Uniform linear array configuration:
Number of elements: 16
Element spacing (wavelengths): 1
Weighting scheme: blackman
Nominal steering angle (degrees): -15
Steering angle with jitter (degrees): -13.215
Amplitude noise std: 0.05
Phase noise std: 0.05

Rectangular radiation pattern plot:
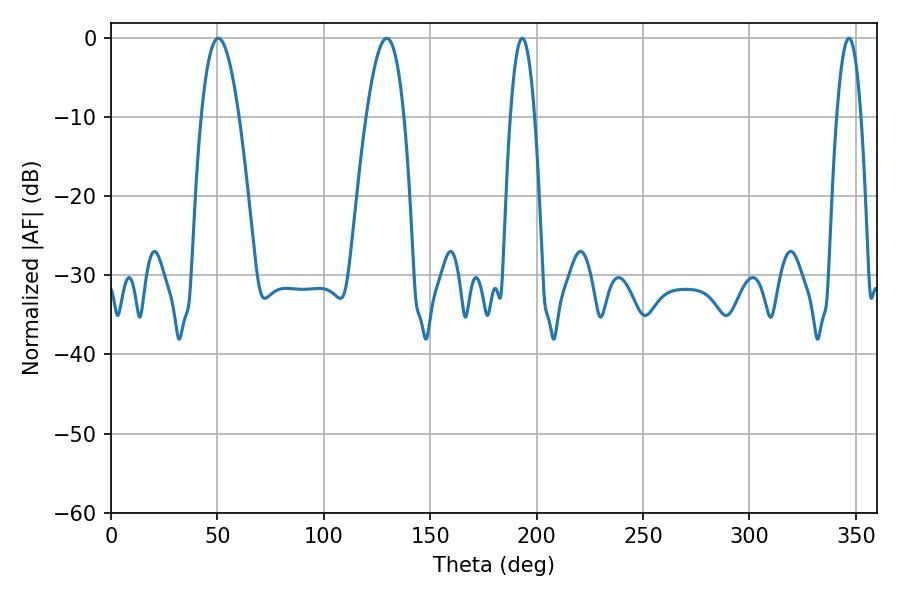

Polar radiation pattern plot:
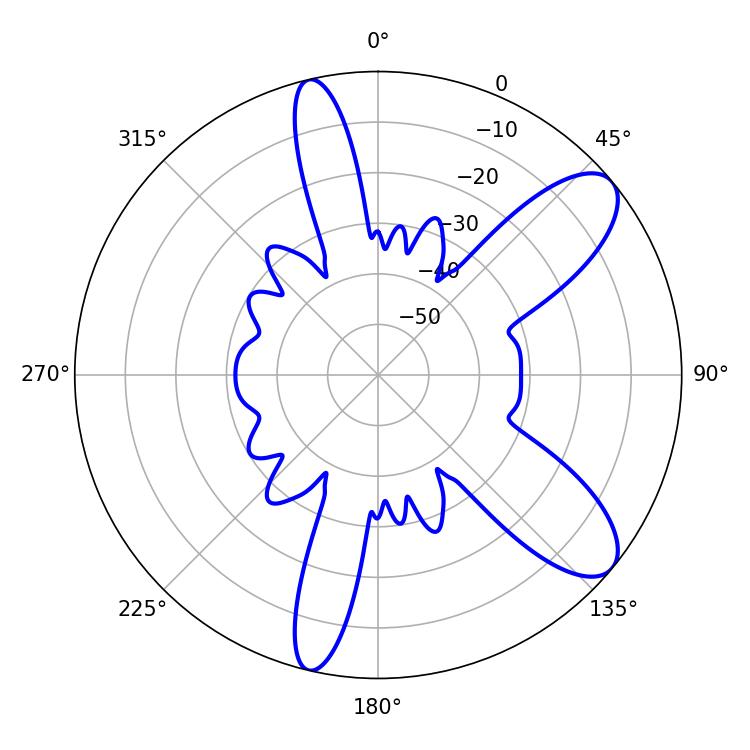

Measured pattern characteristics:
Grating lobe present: TRUE
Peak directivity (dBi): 9.418
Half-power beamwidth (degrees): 9.72
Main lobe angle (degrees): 50.4